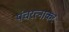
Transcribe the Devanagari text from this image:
पंचरत्नाकर